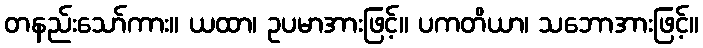
တနည်းသော်ကား။ ယထာ၊ ဥပမာအားဖြင့်။ ပကတိယာ၊ သဘောအားဖြင့်။